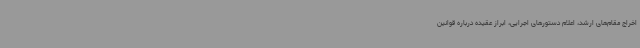
اخراج مقام‌های ارشد، اعلام دستورهای اجرایی، ابراز عقیده درباره قوانین